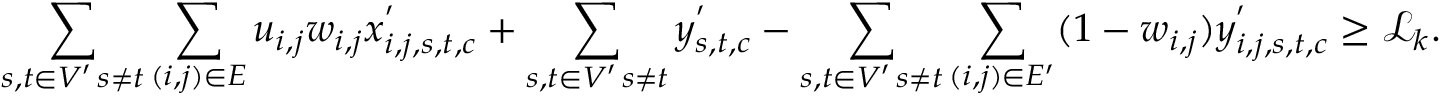
\displaystyle \sum _ { \substack { s , t \in V ^ { \prime } \, s \neq t } } \displaystyle \sum _ { ( i , j ) \in E } u _ { i , j } w _ { i , j } x _ { i , j , s , t , c } ^ { ' } + \displaystyle \sum _ { \substack { s , t \in V ^ { \prime } \, s \neq t } } y _ { s , t , c } ^ { ' } - \displaystyle \sum _ { \substack { s , t \in V ^ { \prime } \, s \neq t } } \displaystyle \sum _ { ( i , j ) \in E ^ { \prime } } ( 1 - w _ { i , j } ) y _ { i , j , s , t , c } ^ { ' } \geq \mathcal { L } _ { k } .